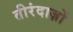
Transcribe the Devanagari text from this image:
तीरंदाज़ों